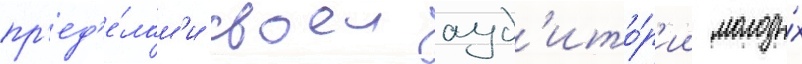
пр'ед'е́лам'и своеи ауд'ито́р'ии молоды́х